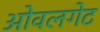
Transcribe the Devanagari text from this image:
ओवलगेट